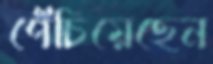
পেঁচিয়েছেন